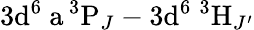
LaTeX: \mathrm{3d^{6}\ a\, ^{3}P}_{J}-\mathrm{3d^{6}\ ^{3}H}_{J^{\prime}}